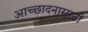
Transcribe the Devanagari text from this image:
आच्छादनासाठी